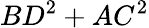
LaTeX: BD^{2}+AC^{2}